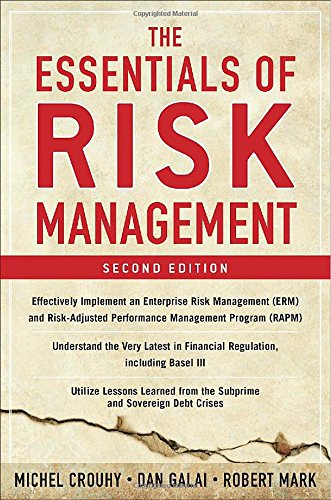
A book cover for The Essentials of Risk Management, Second Edition; Michel Crouhy; Business & Money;